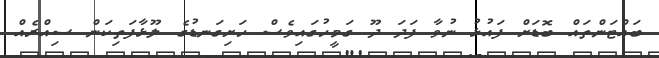
ބައްޓަންތައް ބޮޑަށް ފައުޅު ނުވާ ފަދަ ދޫ ގަމީހުގައިވެސް ހަށިގަނޑުގެ ލޫޅާފަތިކަން ސިއްރެއް